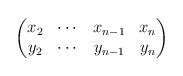
LaTeX: \begin{align*}\begin{pmatrix}x_2 & \cdots & x_{n-1} & x_n \\y_2 & \cdots & y_{n-1} & y_n \\\end{pmatrix}\end{align*}